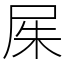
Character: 𡱖